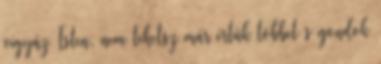
vigyáz Isten, nem tehetsz már értük többet s gondok